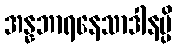
အန္နဘာရနေသာဒါနမ္ပိ